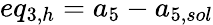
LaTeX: eq_{3,h}={a_{5}}-{a_{5,sol}}